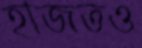
হাজতও